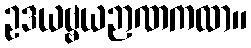
ဥဒယဗ္ဗယဉာဏကထာ။